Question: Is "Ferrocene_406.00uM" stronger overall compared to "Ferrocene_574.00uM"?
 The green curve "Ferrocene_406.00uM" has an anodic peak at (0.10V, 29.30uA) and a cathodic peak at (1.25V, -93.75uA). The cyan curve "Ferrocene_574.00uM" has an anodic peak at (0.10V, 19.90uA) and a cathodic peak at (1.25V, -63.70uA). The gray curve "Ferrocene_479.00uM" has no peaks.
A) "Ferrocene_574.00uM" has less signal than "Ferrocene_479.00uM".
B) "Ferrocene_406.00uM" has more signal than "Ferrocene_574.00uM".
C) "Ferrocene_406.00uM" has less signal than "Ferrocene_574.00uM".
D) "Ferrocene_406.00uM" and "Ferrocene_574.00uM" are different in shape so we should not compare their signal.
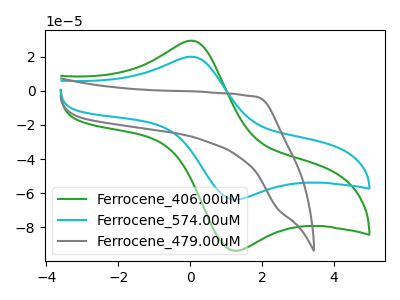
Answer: <think>All the peaks in "Ferrocene_406.00uM" have a peak in "Ferrocene_574.00uM" at the same potential. Every peak in "Ferrocene_406.00uM" is higher than every peak in "Ferrocene_574.00uM".
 </think>
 <answer>B) "Ferrocene_406.00uM" has more signal than "Ferrocene_574.00uM".</answer>
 <eval>B</eval>